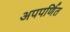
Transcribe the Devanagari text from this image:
अपपर्णित